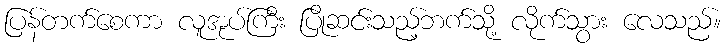
ပြန်တက်စေကာ လူအုပ်ကြီး ပြိုဆင်းသည့်ဘက်သို့ လိုက်သွား လေသည်။